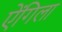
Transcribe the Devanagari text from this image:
ऐंगिला